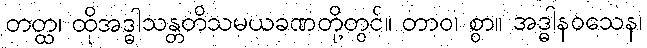
တတ္ထ၊ ထိုအဒ္ဓါသန္တတိသမယခဏတို့တွင်။ တာဝ၊ စွာ။ အဒ္ဓါနဝသေန၊